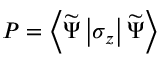
P = \left\langle \widetilde { \Psi } \left| \sigma _ { z } \right| \widetilde { \Psi } \right\rangle